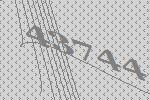
43744